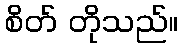
စိတ် တိုသည်။